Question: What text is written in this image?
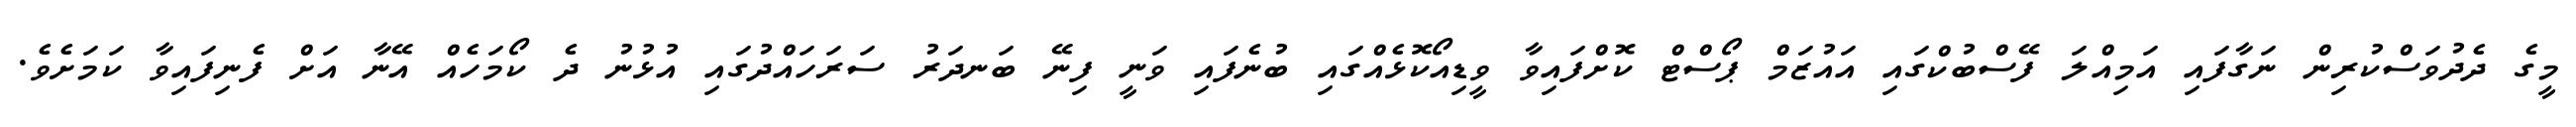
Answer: މީގެ ދެދުވަސްކުރިން ނަގާފައި އަމިއްލަ ފޭސްބުކްގައި އައުޒަމް ޕޯސްޓް ކޮށްފައިވާ ވީޑިއޯކޮޅެއްގައި ބުނެފައި ވަނީ ފިނޭ ބަނދަރު ސަރަހައްދުގައި އުޅުނު ދެ ކޯމަހެއް އޭނާ އަށް ފެނިފައިވާ ކަމަށެވެ.